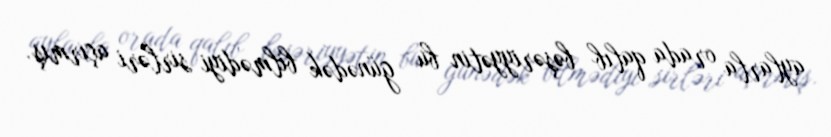
aylarla orada qalıb bəşəriyyətin bu günədək bilmədiyi sirləri açırmış.